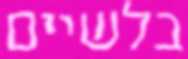
בלשיים